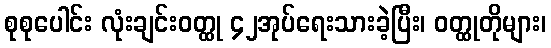
စုစုပေါင်း လုံးချင်းဝတ္ထု ၄၂အုပ်ရေးသားခဲ့ပြီး၊ ဝတ္ထုတိုများ၊